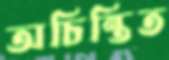
অচিন্তিত